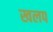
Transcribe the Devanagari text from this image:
खलप